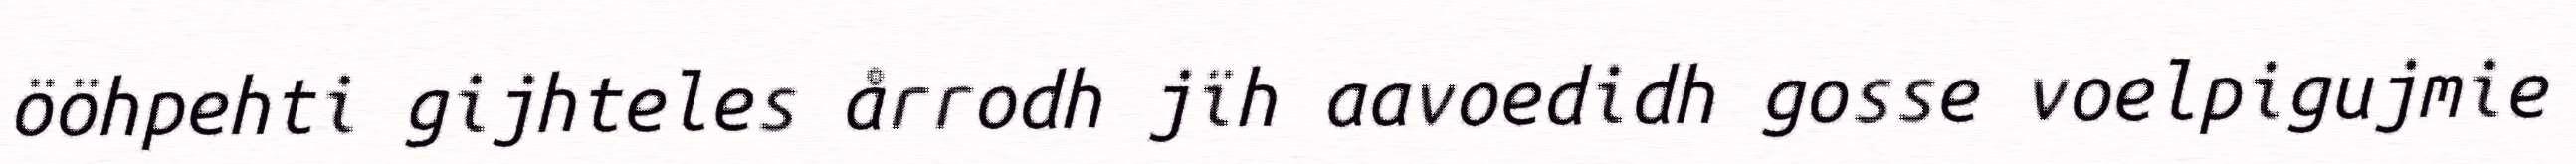
ööhpehti gijhteles årrodh jïh aavoedidh gosse voelpigujmie